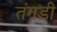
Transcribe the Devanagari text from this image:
तंगडी